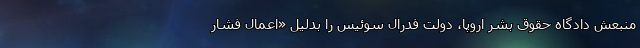
منبعش دادگاه حقوق بشر اروپا، دولت فدرال سوئیس را بدلیل «اعمال فشار